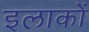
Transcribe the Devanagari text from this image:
इलाकाें